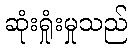
ဆုံးရှုံးမှုသည်